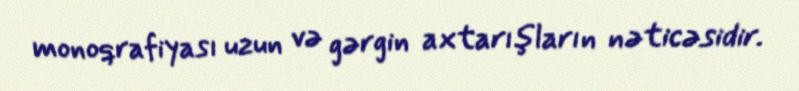
monoqrafiyası uzun və gərgin axtarışların nəticəsidir.